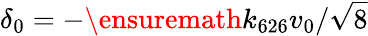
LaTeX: \delta_{0}=-\ensuremath{k_{626}}v_{0}/\sqrt{8}